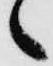
々